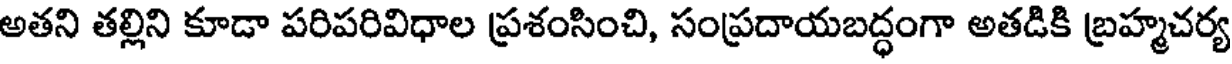
అతని తల్లిని కూడా పరిపరివిధాల ప్రశంసించి, సంప్రదాయబద్ధంగా అతడికి బ్రహ్మచర్య